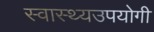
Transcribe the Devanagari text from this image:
स्वास्थ्यउपयोगी